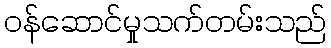
ဝန်ဆောင်မှုသက်တမ်းသည်